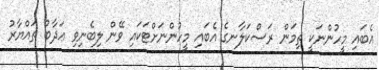
އެބައި މީހުންނަކީ ތިމަން ރަސްކަލާނގެ އެބައި މީހުންނަށްޓަކައި ވޭން ލިބެނިވި ޢަޛާބު ތައްޔާރު